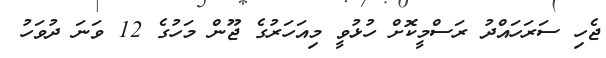
ޖެހި ސަރަހައްދު ރަސްމީކޮށް ހުޅުވީ މިއަހަރުގެ ޖޫން މަހުގެ 12 ވަނަ ދުވަހު